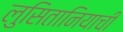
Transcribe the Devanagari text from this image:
लुसितानियाची